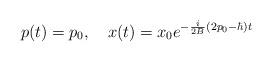
LaTeX: \begin{align*}p(t) = p_0, \quad x(t) = x_0e^{-{i \over {2B}}(2p_0 - \hbar)t}\end{align*}